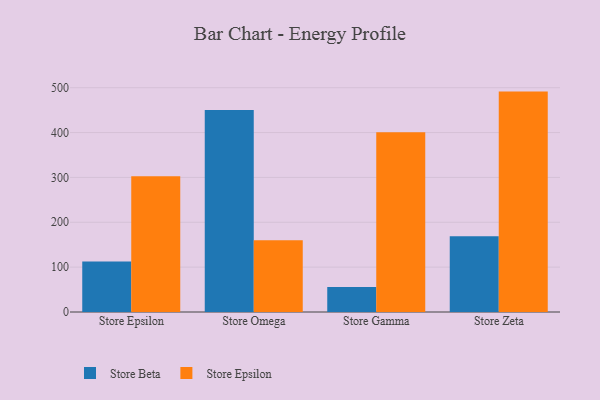
{"axis": {"x": "Store", "y": "Net Income (USD K)"}, "legend": ["Store Beta", "Store Epsilon"], "data": [{"x": "Store Epsilon", "y": 112.7, "type": "Store Beta"}, {"x": "Store Epsilon", "y": 302.6, "type": "Store Epsilon"}, {"x": "Store Omega", "y": 450.1, "type": "Store Beta"}, {"x": "Store Omega", "y": 160.2, "type": "Store Epsilon"}, {"x": "Store Gamma", "y": 55.9, "type": "Store Beta"}, {"x": "Store Gamma", "y": 400.6, "type": "Store Epsilon"}, {"x": "Store Zeta", "y": 168.7, "type": "Store Beta"}, {"x": "Store Zeta", "y": 491.3, "type": "Store Epsilon"}]}